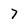
Character: 7